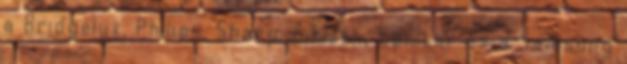
a Bridgelux, Philips, Sharp, Citizen, Epistar és a Samsung